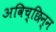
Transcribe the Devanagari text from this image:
अविच्छिन्‍न